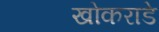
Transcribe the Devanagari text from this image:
खोकराडे